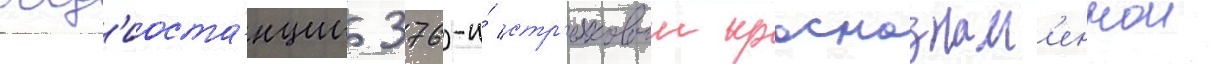
рад'иоста́нции 376-и́ стр'елковои краснознам'еннои